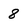
Character: 8